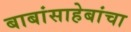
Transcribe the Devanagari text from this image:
बाबांसाहेबांचा